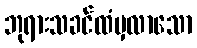
ဘုရားသခင်ထံမှလာသော